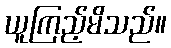
ယူကြည့်မိသည်။